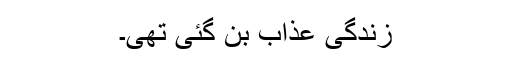
زندگی عذاب بن گئی تھی۔